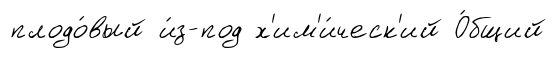
плодо́вый и́з-под х'им'и́ческ'ий О́бщий